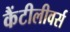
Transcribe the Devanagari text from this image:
कैंटीलीवर्स